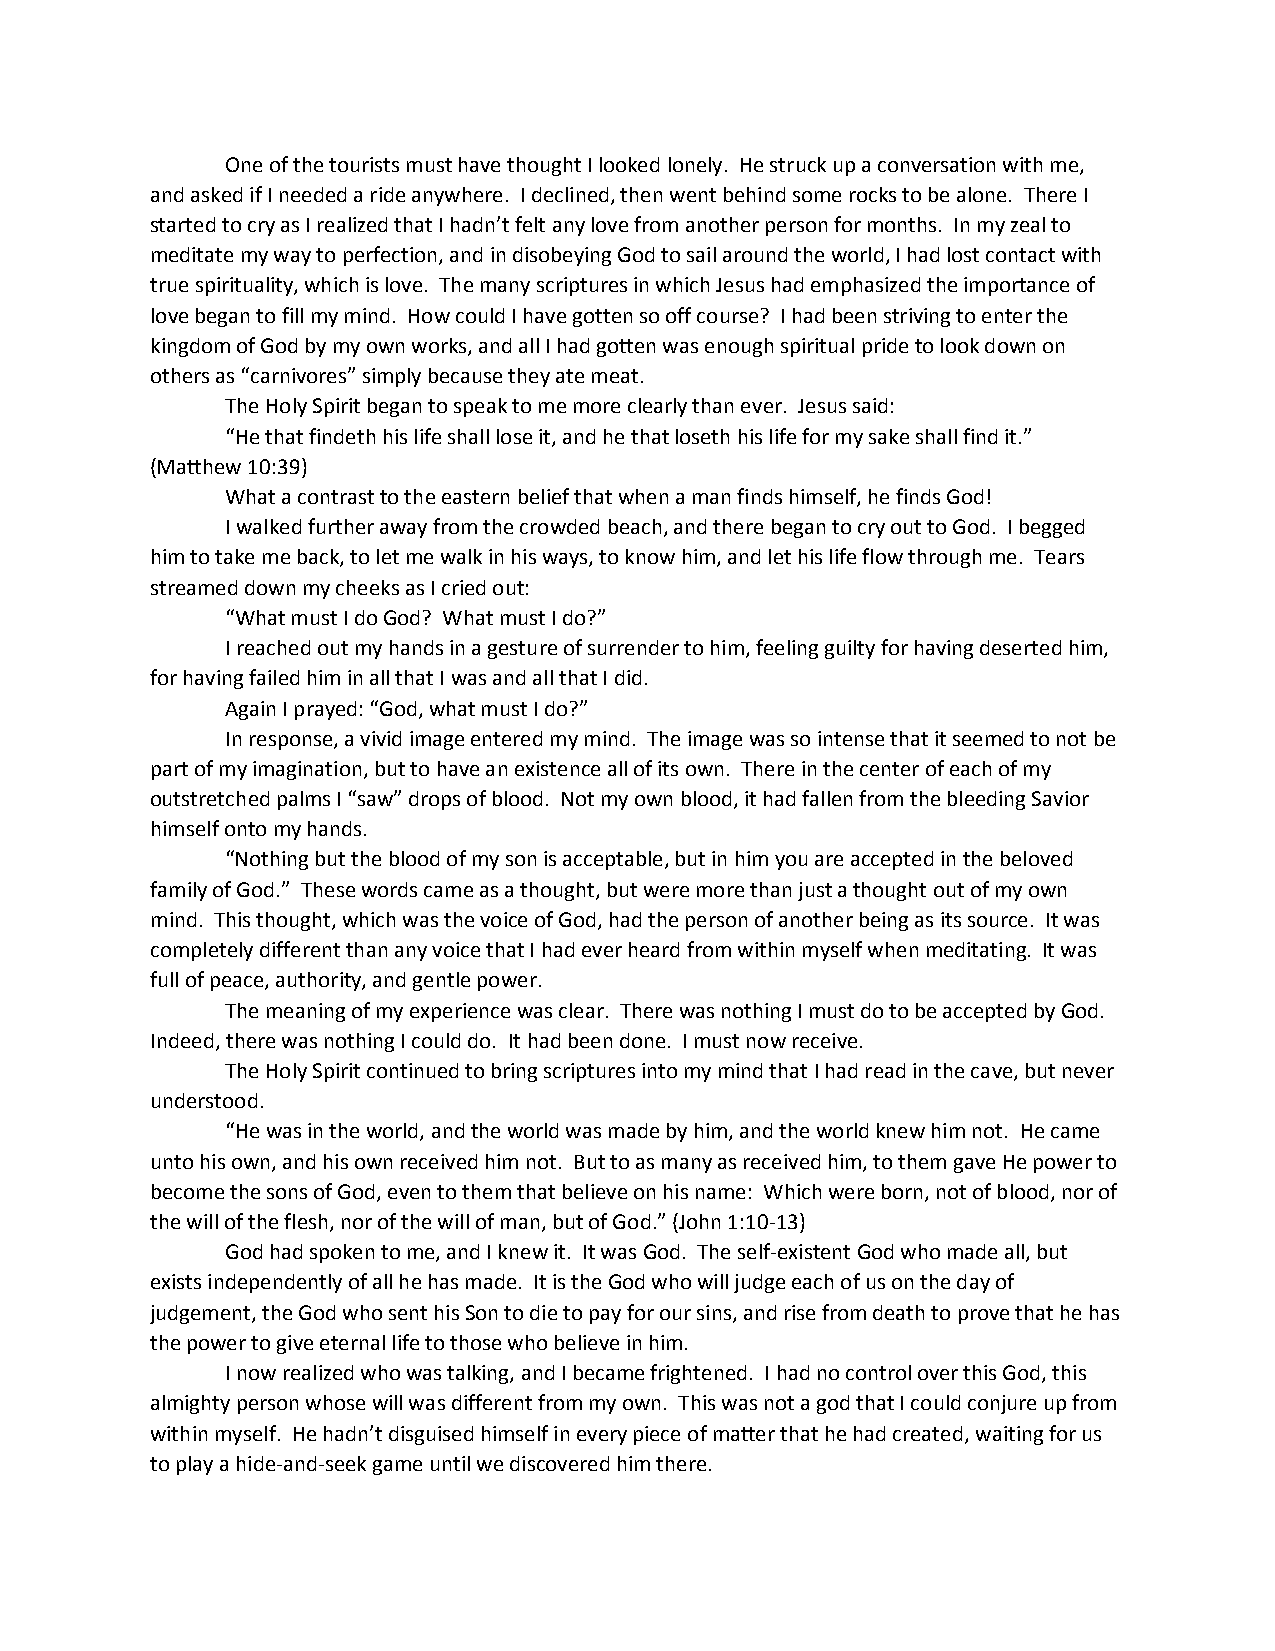
One of the tourists must have thought I looked lonely. He struck up a conversation with me,
 and asked if I needed a ride anywhere. I declined, then went behind some rocks to be alone. There I
 started to cry as I realized that I hadn’t felt any love from another person for months. In my zeal to
 meditate my way to perfection, and in disobeying God to sail around the world, I had lost contact with
 true spirituality, which is love. The many scriptures in which Jesus had emphasized the importance of
 love began to fill my mind. How could I have gotten so off course? I had been striving to enter the
 kingdom of God by my own works, and all I had gotten was enough spiritual pride to look down on
 others as “carnivores” simply because they ate meat.
 The Holy Spirit began to speak to me more clearly than ever. Jesus said:
 “He that findeth his life shall lose it, and he that loseth his life for my sake shall find it.”
 (Matthew 10:39)
 What a contrast to the eastern belief that when a man finds himself, he finds God!
 I walked further away from the crowded beach, and there began to cry out to God. I begged
 him to take me back, to let me walk in his ways, to know him, and let his life flow through me. Tears
 streamed down my cheeks as I cried out:
 “What must I do God? What must I do?”
 I reached out my hands in a gesture of surrender to him, feeling guilty for having deserted him,
 for having failed him in all that I was and all that I did.
 Again I prayed: “God, what must I do?”
 In response, a vivid image entered my mind. The image was so intense that it seemed to not be
 part of my imagination, but to have an existence all of its own. There in the center of each of my
 outstretched palms I “saw” drops of blood. Not my own blood, it had fallen from the bleeding Savior
 himself onto my hands.
 “Nothing but the blood of my son is acceptable, but in him you are accepted in the beloved
 family of God.” These words came as a thought, but were more than just a thought out of my own
 mind. This thought, which was the voice of God, had the person of another being as its source. It was
 completely different than any voice that I had ever heard from within myself when meditating. It was
 full of peace, authority, and gentle power.
 The meaning of my experience was clear. There was nothing I must do to be accepted by God.
 Indeed, there was nothing I could do. It had been done. I must now receive.
 The Holy Spirit continued to bring scriptures into my mind that I had read in the cave, but never
 understood.
 “He was in the world, and the world was made by him, and the world knew him not. He came
 unto his own, and his own received him not. But to as many as received him, to them gave He power to
 become the sons of God, even to them that believe on his name: Which were born, not of blood, nor of
 the will of the flesh, nor of the will of man, but of God.” (John 1:10-13)
 God had spoken to me, and I knew it. It was God. The self-existent God who made all, but
 exists independently of all he has made. It is the God who will judge each of us on the day of
 judgement, the God who sent his Son to die to pay for our sins, and rise from death to prove that he has
 the power to give eternal life to those who believe in him.
 I now realized who was talking, and I became frightened. I had no control over this God, this
 almighty person whose will was different from my own. This was not a god that I could conjure up from
 within myself. He hadn’t disguised himself in every piece of matter that he had created, waiting for us
 to play a hide-and-seek game until we discovered him there.